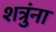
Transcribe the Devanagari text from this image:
शत्रुंना